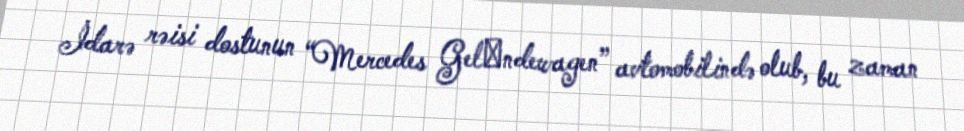
İdarə rəisi dostunun “Mercedes Gelеndewagen” avtomobilində olub, bu zaman